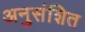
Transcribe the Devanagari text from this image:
अनुसंशित